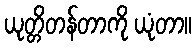
ယုတ္တိတန်တာကို ယုံတာ။